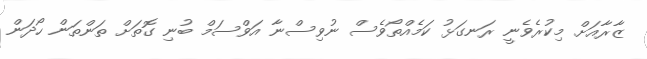
ޒާރާއަށް މިކުރެވެނީ ރަނގަޅު ކަމެއްތޯވެސް ނުވިސްނާ އަވްސަމް ބުނި ގޮތަށް ތަންތަން ހޯދަން